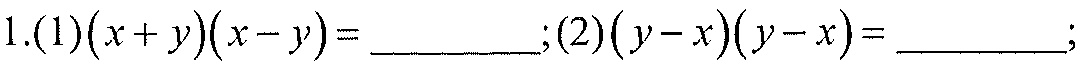
1.(1)\((x + y)(x - y)=\)  __________ ;(2)\((y - x)(y - x)=\)  __________ ;